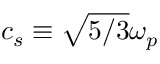
c _ { s } \equiv \sqrt { 5 / 3 } \omega _ { p }